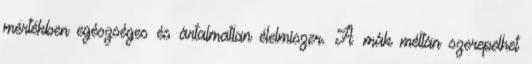
mértékben egészséges és ártalmatlan élelmiszer. A mák méltán szerepelhet